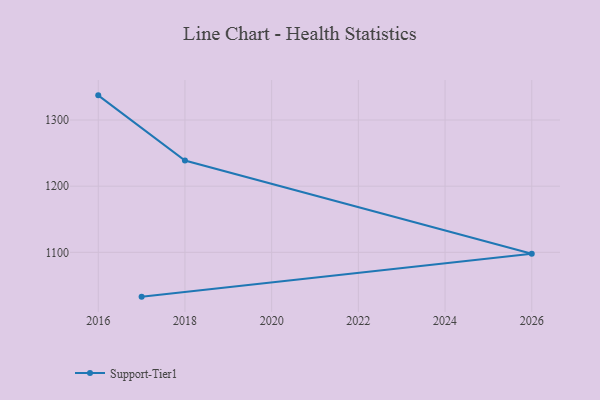
{"axis": {"x": "Year", "y": "Bounce Rate (%)"}, "legend": ["Support-Tier1"], "data": [{"x": "2017", "y": 1033.0, "type": "Support-Tier1"}, {"x": "2026", "y": 1097.8, "type": "Support-Tier1"}, {"x": "2018", "y": 1238.8, "type": "Support-Tier1"}, {"x": "2016", "y": 1337.3, "type": "Support-Tier1"}]}